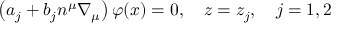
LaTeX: \left( a _ { j } + b _ { j } n ^ { \mu } \nabla _ { \mu } \right) \varphi ( x ) = 0 , \quad z = z _ { j } , \quad j = 1 , 2